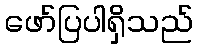
ဖော်ပြပါရှိသည်